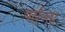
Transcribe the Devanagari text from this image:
पर्यन्ता